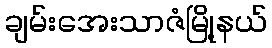
ချမ်းအေးသာဇံမြို့နယ်